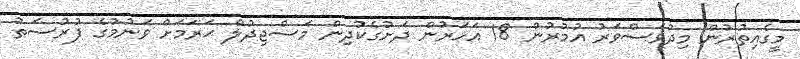
މީގެއިތުރުން މިދުވަސްވަރު އުމުރުން 18 އަހަރުން ދަށުގެކުދިން މަސްޖިދުލް ޙަރަމަށް ވަނުމުގެ ފުރުސަތު